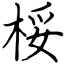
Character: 桵